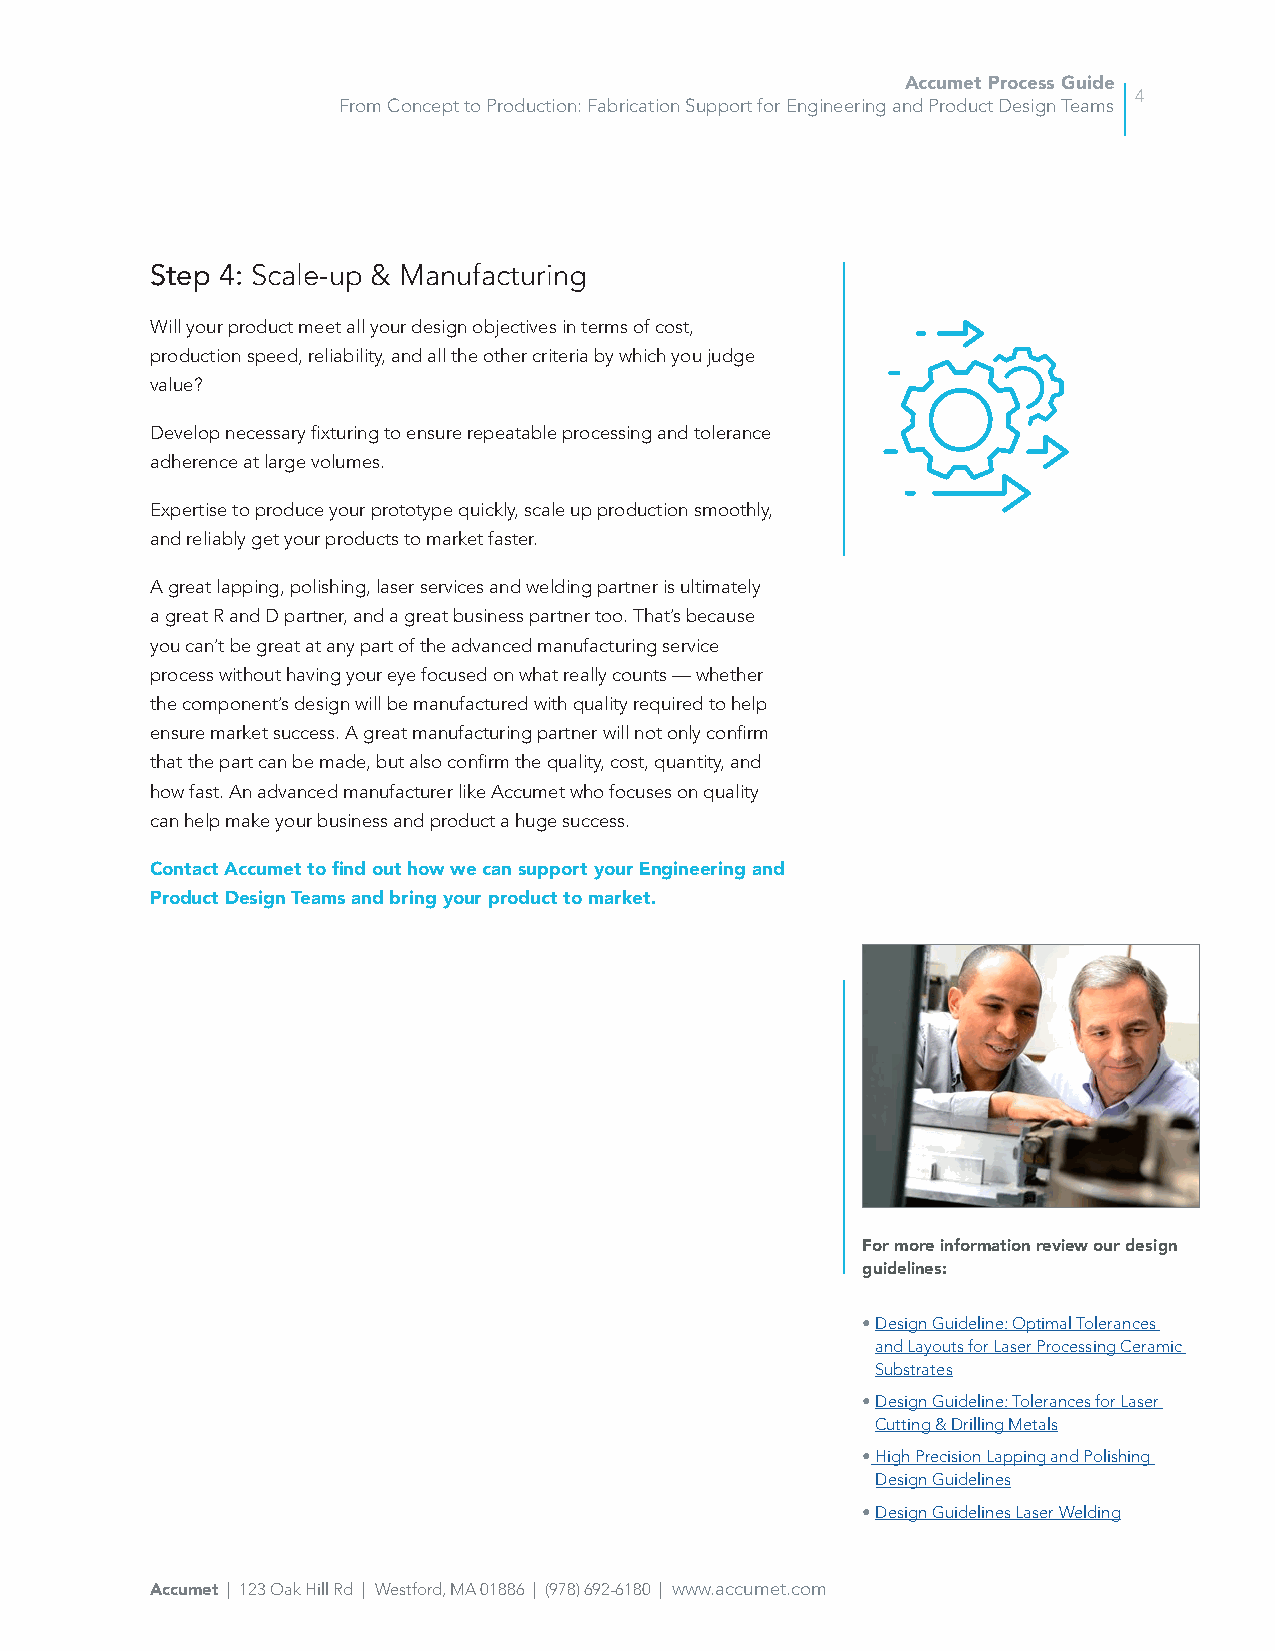
Accumet Process Guide
 4
 From Concept to Production: Fabrication Support for Engineering and Product Design Teams
 Step 4: Scale-up & Manufacturing
 Will your product meet all your design objectives in terms of cost,
 production speed, reliability, and all the other criteria by which you judge
 value?
 Develop necessary fixturing to ensure repeatable processing and tolerance
 adherence at large volumes.
 Expertise to produce your prototype quickly, scale up production smoothly,
 and reliably get your products to market faster.
 A great lapping, polishing, laser services and welding partner is ultimately
 a great R and D partner, and a great business partner too. That’s because
 you can’t be great at any part of the advanced manufacturing service
 process without having your eye focused on what really counts — whether
 the component’s design will be manufactured with quality required to help
 ensure market success. A great manufacturing partner will not only confirm
 that the part can be made, but also confirm the quality, cost, quantity, and
 how fast. An advanced manufacturer like Accumet who focuses on quality
 can help make your business and product a huge success.
 Contact Accumet to find out how we can support your Engineering and
 Product Design Teams and bring your product to market.
 For more information review our design
 guidelines:
 • Design Guideline: Optimal Tolerances
 and Layouts for Laser Processing Ceramic
 Substrates
 • Design Guideline: Tolerances for Laser
 Cutting & Drilling Metals
 • High Precision Lapping and Polishing
 Design Guidelines
 • Design Guidelines Laser Welding
 Accumet | 123 Oak Hill Rd | Westford, MA 01886 | (978) 692-6180 | www.accumet.com